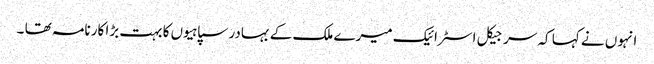
انہوں نے کہا کہ سرجیکل اسٹرائیک میرے ملک کے بہادر سپاہیوں کا بہت بڑا کارنامہ تھا ۔